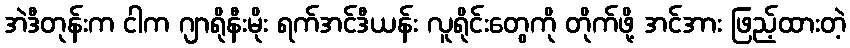
အဲဒီတုန်းက ငါက ဂျာရိုနီးမိုး ရက်အင်ဒီယန်း လူရိုင်းတွေကို တိုက်ဖို့ အင်အား ဖြည့်ထားတဲ့